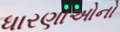
ધારણાઓનો